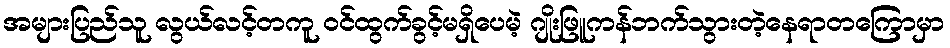
အများပြည်သူ လွယ်လင့်တကူ ဝင်ထွက်ခွင့်မရှိပေမဲ့ ဂျိုးဖြူကန်ဘက်သွားတဲ့နေရာတကြောမှာ